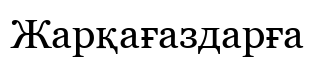
Жарқағаздарға